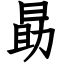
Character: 勗